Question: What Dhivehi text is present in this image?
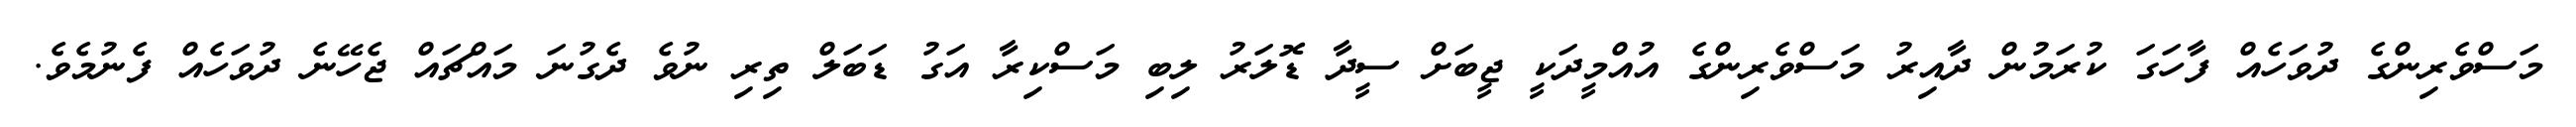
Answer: މަސްވެރިންގެ ދުވަހެއް ފާހަގަ ކުރަމުން ދާއިރު މަސްވެރިންގެ އުއްމީދަކީ ޖީބަށް ސީދާ ޑޮލަރު ލިބި މަސްކިރާ އަގު ޑަބަލް ތިރި ނުވެ ދެގުނަ މައްޗައް ޖެހޭނެ ދުވަހެއް ފެނުމެވެ.